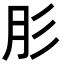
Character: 肜